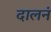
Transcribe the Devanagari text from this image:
दालनं